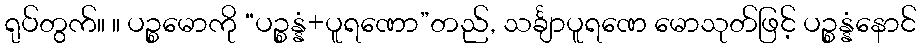
ရုပ်တွက်။ ။ ပဉ္စမောကို “ပဉ္စန္နံ+ပူရဏော”တည်, သင်္ချာပူရဏေ မောသုတ်ဖြင့် ပဉ္စန္နံနောင်